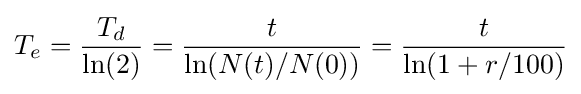
T_{e}={\frac {T_{d}}{\ln(2)}}={\frac {t}{\ln({N(t)}/{N(0)})}}={\frac {t}{\ln(1+r/100)}}